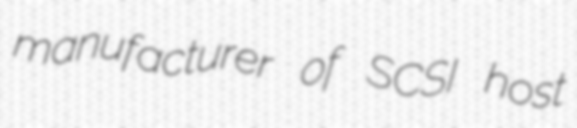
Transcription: manufacturer of SCSI host